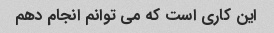
این کاری است که می توانم انجام دهم